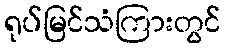
ရုပ်မြင်သံကြားတွင်